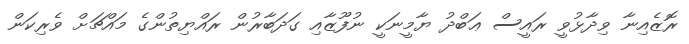
ރޮޒެއިނާ ވިދާޅުވީ ރައީސް ޢަބްދު ޔާމީނަކީ ނުފޫޒާއި ގަދަބާރުން ރައްޔިތުންގެ މައްޗަށް ވެރިކަން